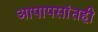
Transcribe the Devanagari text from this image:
आपापसांतही